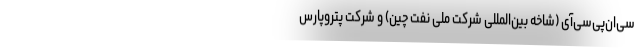
سی‌ان‌پی‌سی‌آی (شاخه بین‌المللی شرکت ملی نفت چین) و شرکت پتروپارس